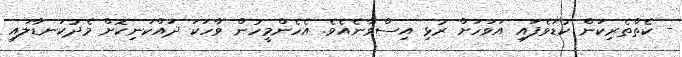
- ކެތްތެރިކަން ކުޑަވެފައި އަވަހަށް ރުޅި އިސްވާނެއެވެ. އެހެންމީހުން ވާހަކަ ދައްކަނިކޮށް މެދުކަނޑާލައި